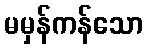
မမှန်ကန်သော